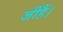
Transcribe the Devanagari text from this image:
जीहैं।